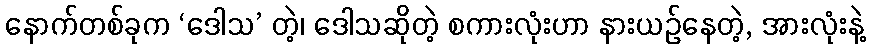
နောက်တစ်ခုက ‘ဒေါသ’ တဲ့၊ ဒေါသဆိုတဲ့ စကားလုံးဟာ နားယဉ်နေတဲ့, အားလုံးနဲ့